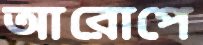
আরোপে